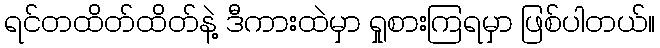
ရင်တထိတ်ထိတ်နဲ့ ဒီကားထဲမှာ ရှုစားကြရမှာ ဖြစ်ပါတယ်။